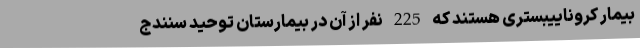
بیمار کروناییبستری هستند که 225 نفر از آن در بیمارستان توحید سنندج